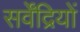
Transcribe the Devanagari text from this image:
सर्वेंद्रियों